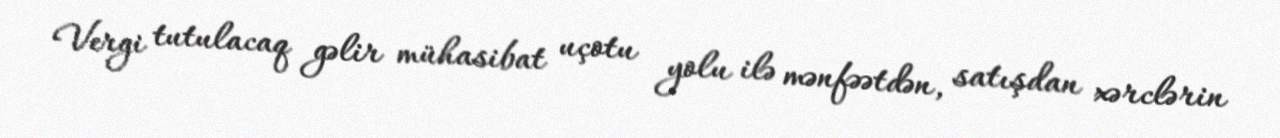
Vergi tutulacaq gəlir mühasibat uçotu yolu ilə mənfəətdən, satışdan xərclərin